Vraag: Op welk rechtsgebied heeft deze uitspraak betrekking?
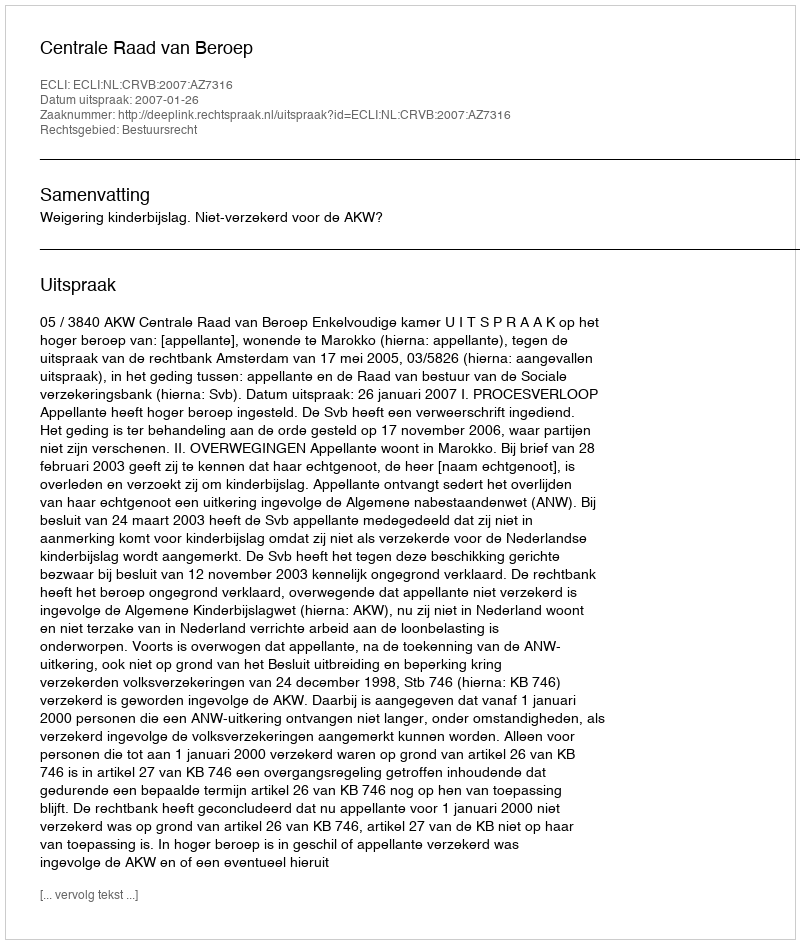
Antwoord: Bestuursrecht